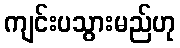
ကျင်းပသွားမည်ဟု